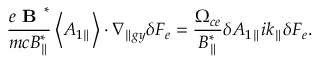
\frac { e \textbf { B } ^ { * } } { m c B _ { \parallel } ^ { * } } \left< A _ { 1 \parallel } \right> \boldsymbol { \cdot } \nabla _ { \parallel g y } \delta F _ { e } = \frac { \Omega _ { c e } } { B _ { \parallel } ^ { * } } \delta A _ { 1 \parallel } i k _ { \parallel } \delta F _ { e } .